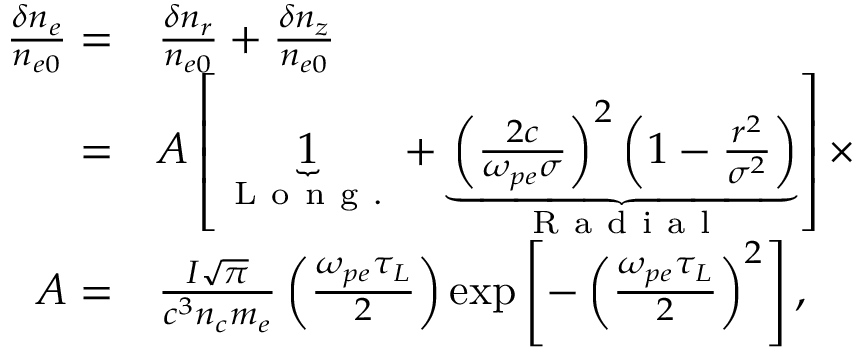
\begin{array} { r l } { \frac { \delta n _ { e } } { n _ { e 0 } } = } & { { } \frac { \delta n _ { r } } { n _ { e 0 } } + \frac { \delta n _ { z } } { n _ { e 0 } } } \\ { = } & { { } A \left[ \underbrace { 1 } _ { \mathrm { ~ L ~ o ~ n ~ g ~ . ~ } } + \underbrace { \left( \frac { 2 c } { \omega _ { p e } \sigma } \right) ^ { 2 } \left( 1 - \frac { r ^ { 2 } } { \sigma ^ { 2 } } \right) } _ { \mathrm { ~ R ~ a ~ d ~ i ~ a ~ l ~ } } \right] \times } \\ { A = } & { { } \frac { I \sqrt { \pi } } { c ^ { 3 } n _ { c } m _ { e } } \left( \frac { \omega _ { p e } \tau _ { L } } { 2 } \right) \exp \left[ - \left( \frac { \omega _ { p e } \tau _ { L } } { 2 } \right) ^ { 2 } \right] , } \end{array}